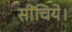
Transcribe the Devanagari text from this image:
सींचिये।